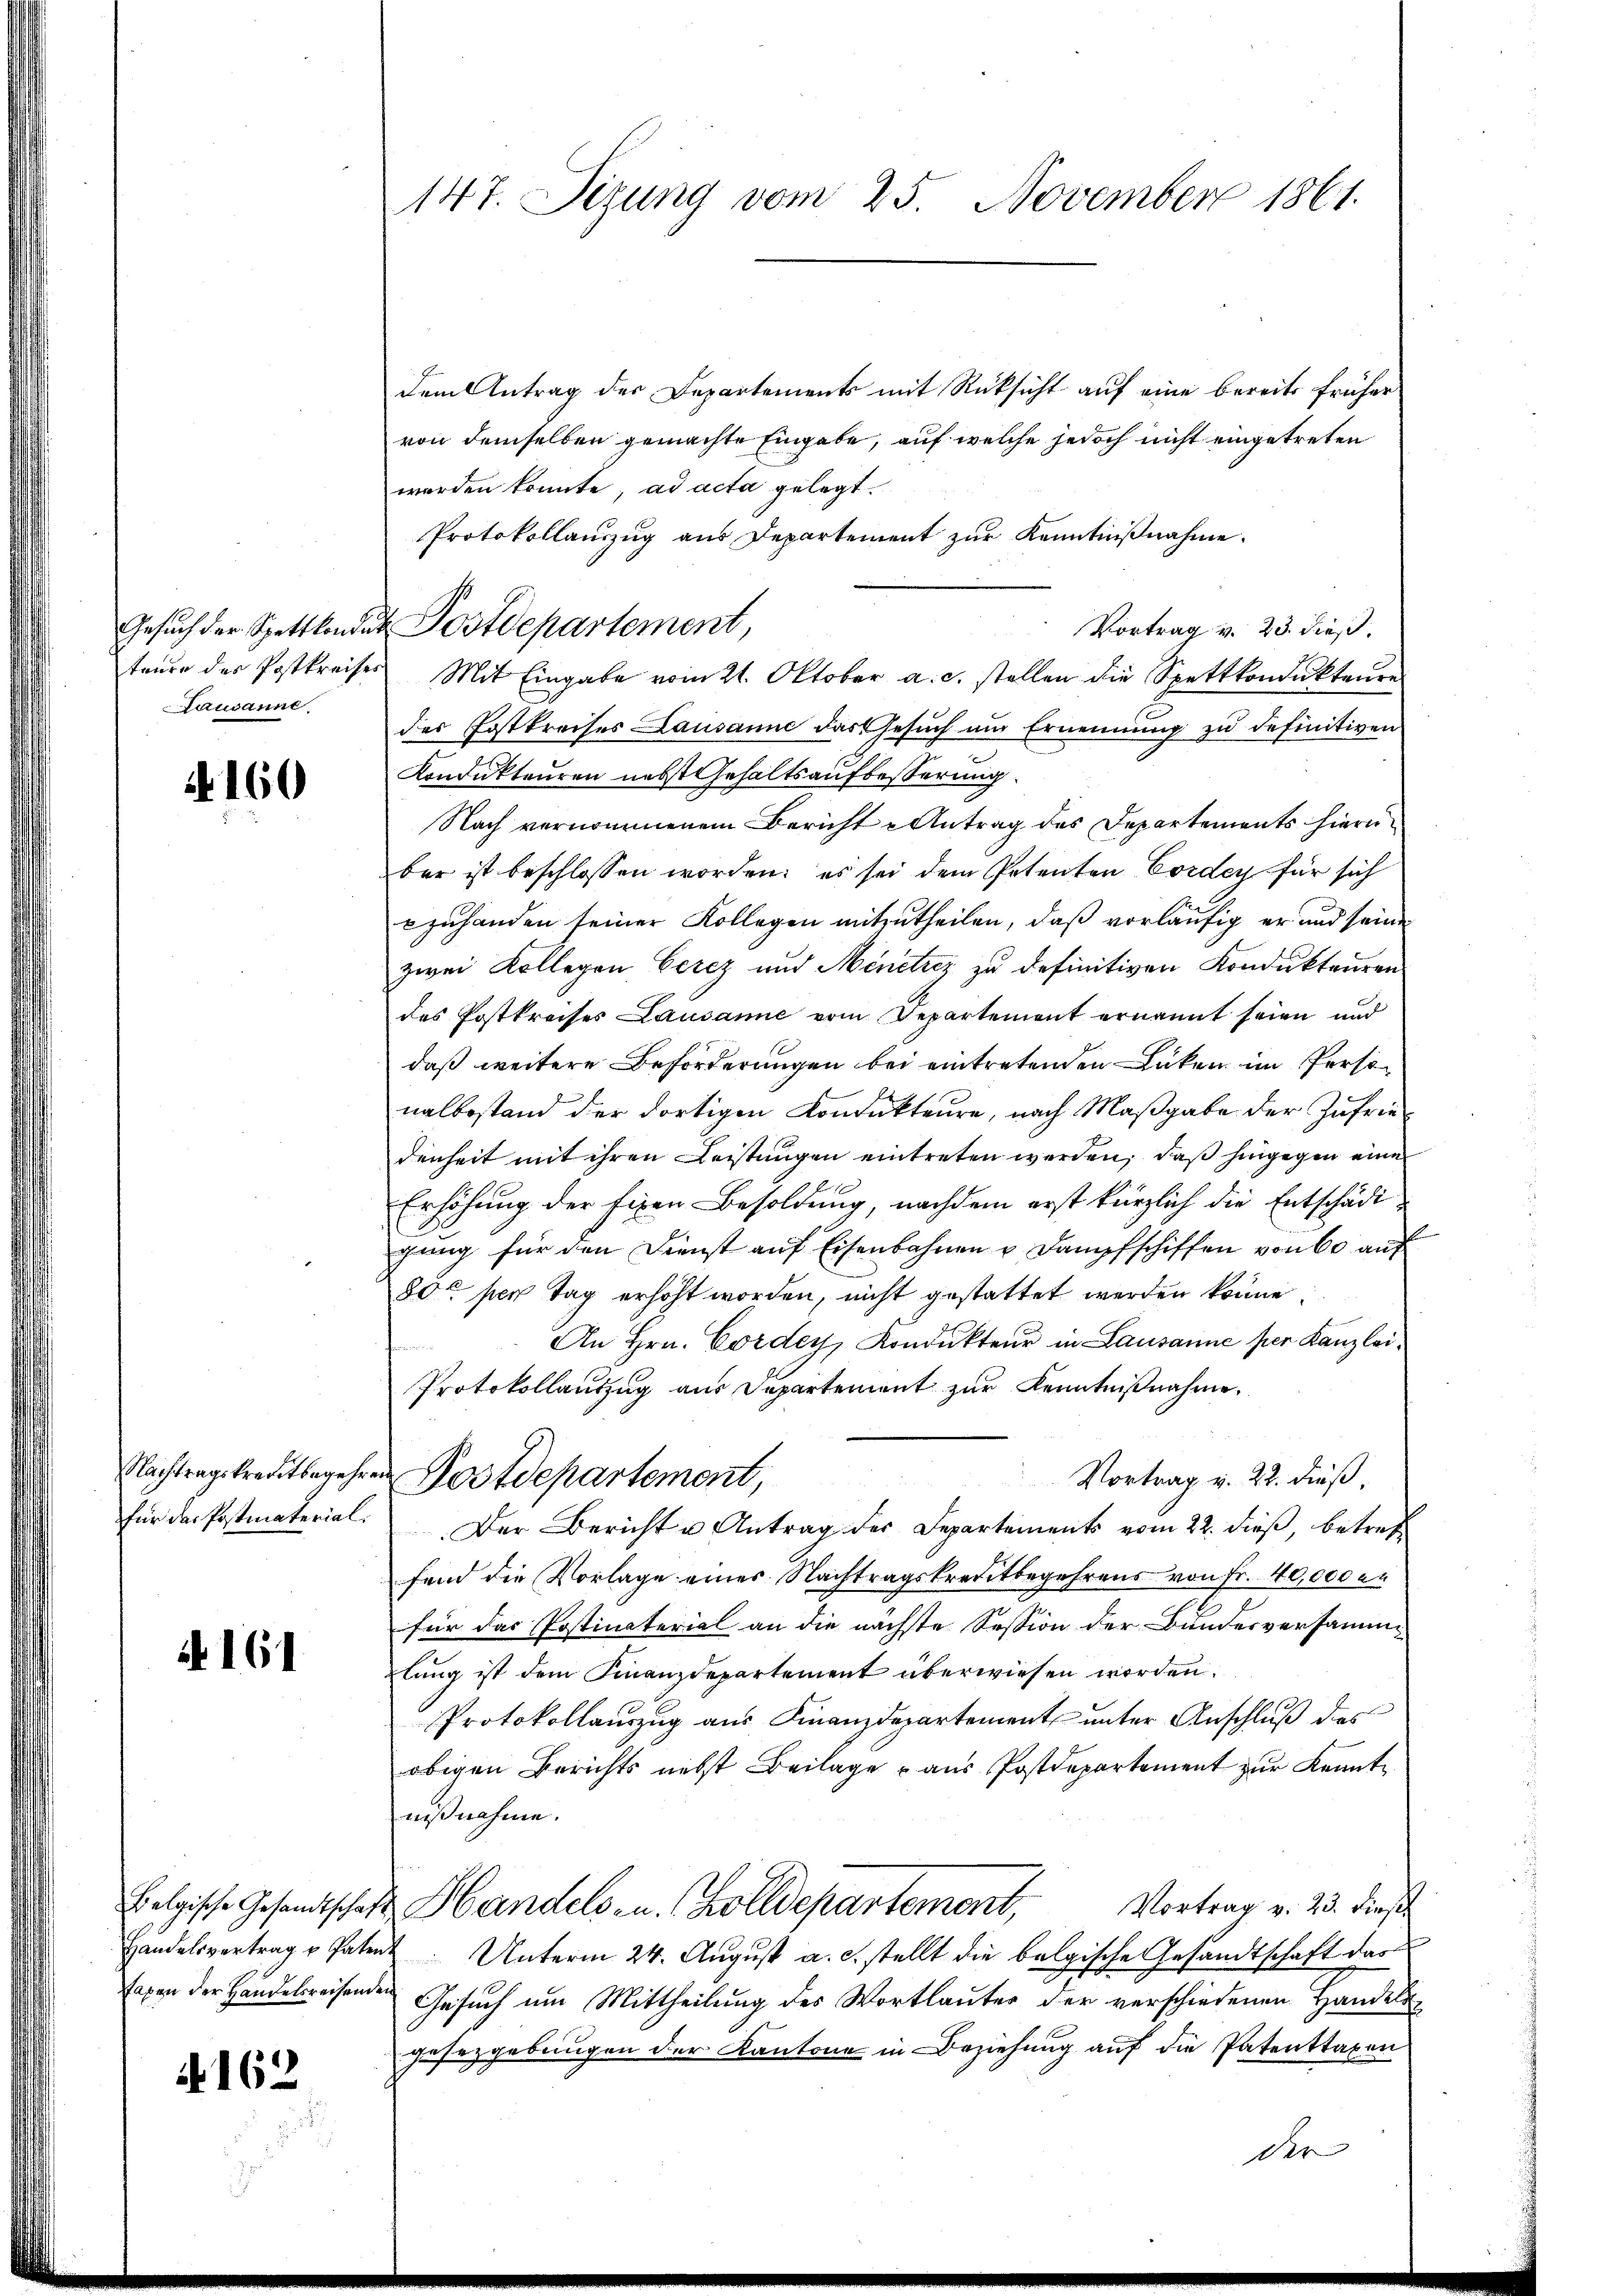
Lausanne

160

Nachtragskreditbegehr

A 161

§ 162

147. Sezung vom 25. November 1861.

so
Gesuch der Spettkondut Postdepartement,

dem Antrag der Departements mit Rücksicht auf eine bereits früher
von demselben gemachte Eingabe, auf welche jedoch nicht eingetreten
werden konnte, ad acta gelegt.
Protokollanzŭg ans Departement zŭr Kenntniβnahme.
Vortrag v. 23. dieß.
taŭre des Postkreises Mit Eingabe vom 21. Oktober a. c. stellen die Spettkondŭkteŭre
der Postkreises Lausanne das Gesuch um Ernennung zu definitiven
Kondukteuren nebst Gehaltsaufbesserung.
Nach vernommenem Bericht Antrag des Departements hieri
ber ist beschlossen worden; es sei dem Petenten Cordey für sich
zuhanden seiner Kollegen mitzutheilen, daß vorläufig er und seine
zwei Kollegen Cerez und Minetriz zu definitiven Kondukteuren
des Postkreises Lausanne vom Departement ernannt seien und
daß weitere Beförderungen bei eintretenden Lücken im Personalbestand der dortigen Kondukteure, nach Maßgabe der Zufriedenheit mit ihren Leistungen eintreten werden, daß hingegen eine
Erhöhung der fixen Besoldung, nachdem erst kürzlich die Entschädigung für den Dienst aŭf Eisenbahnen u Dampfschiffen von 60 auf
80 per Tag erhöht worden, nicht gestattet werden könne.
An Hrn. Cordey, Kondukteur in Lausanne per Kanzlei¬
Protokollauszug aus Departement zur Kenntnißnahme.
Vortrag v. 22. dieß,
 Postdepartement,
für das Postmaterial. Der Bericht u Antrag der Departements vom 22. dieß, betreff
fend die Vorlage eines Nachtragskreitbegehrens von Fr. 40,000 en
für das Postinaterial an die nächste Session der Bundesversammlung ist dem Finanzdepartement überwiesen worden.
Protokollauszug aus Finanzdepartement unter Anschluß des
obigen Berichts nebst Beilage aus Postdepartement zur Kennt
nißnahme.
Vortrag v. 23. Dies
Felgische Gesandtschaft Handels- u. Zolldepartement,
Handelsvertrag u. Patent. Unterm 24. August a. c. stellt die belgische Gesandtschaft das
sagen der Handelsreisenden Gesuch um Mittheilung des Wortlauter der verschiedenen Handeln
gesetzgebungen der Kantone in Beziehung auf die Patenttaxen
der |